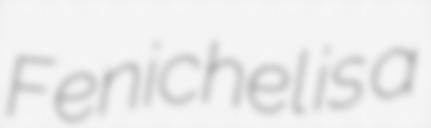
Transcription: Fenichel is a